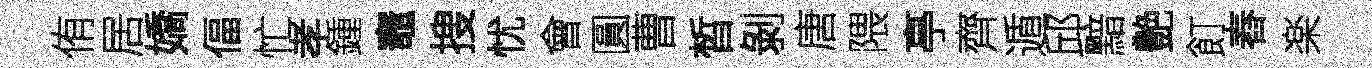
侑居嬌偪忙孝鍾竈搜忧會圓曹晳剝唐隈亭齊遁邱黯艶飣舂楽